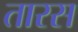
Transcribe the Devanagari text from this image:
तारस